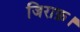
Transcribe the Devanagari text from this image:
जिराफ़।